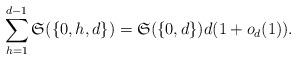
LaTeX: \begin{align*}\sum_{h=1}^{d-1}\mathfrak{S}(\{0, h, d\})=\mathfrak{S}(\{0, d\})d(1+o_d(1)).\end{align*}